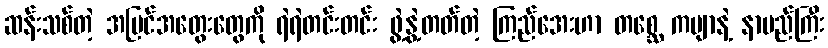
ဆန်းသစ်တဲ့ အမြင်အတွေးတွေကို ရဲရဲတင်းတင်း ဖွဲ့နွဲ့တတ်တဲ့ ကြည်အေးဟာ တစ္ဆေ ကဗျာနဲ့ နာမည်ကြီး